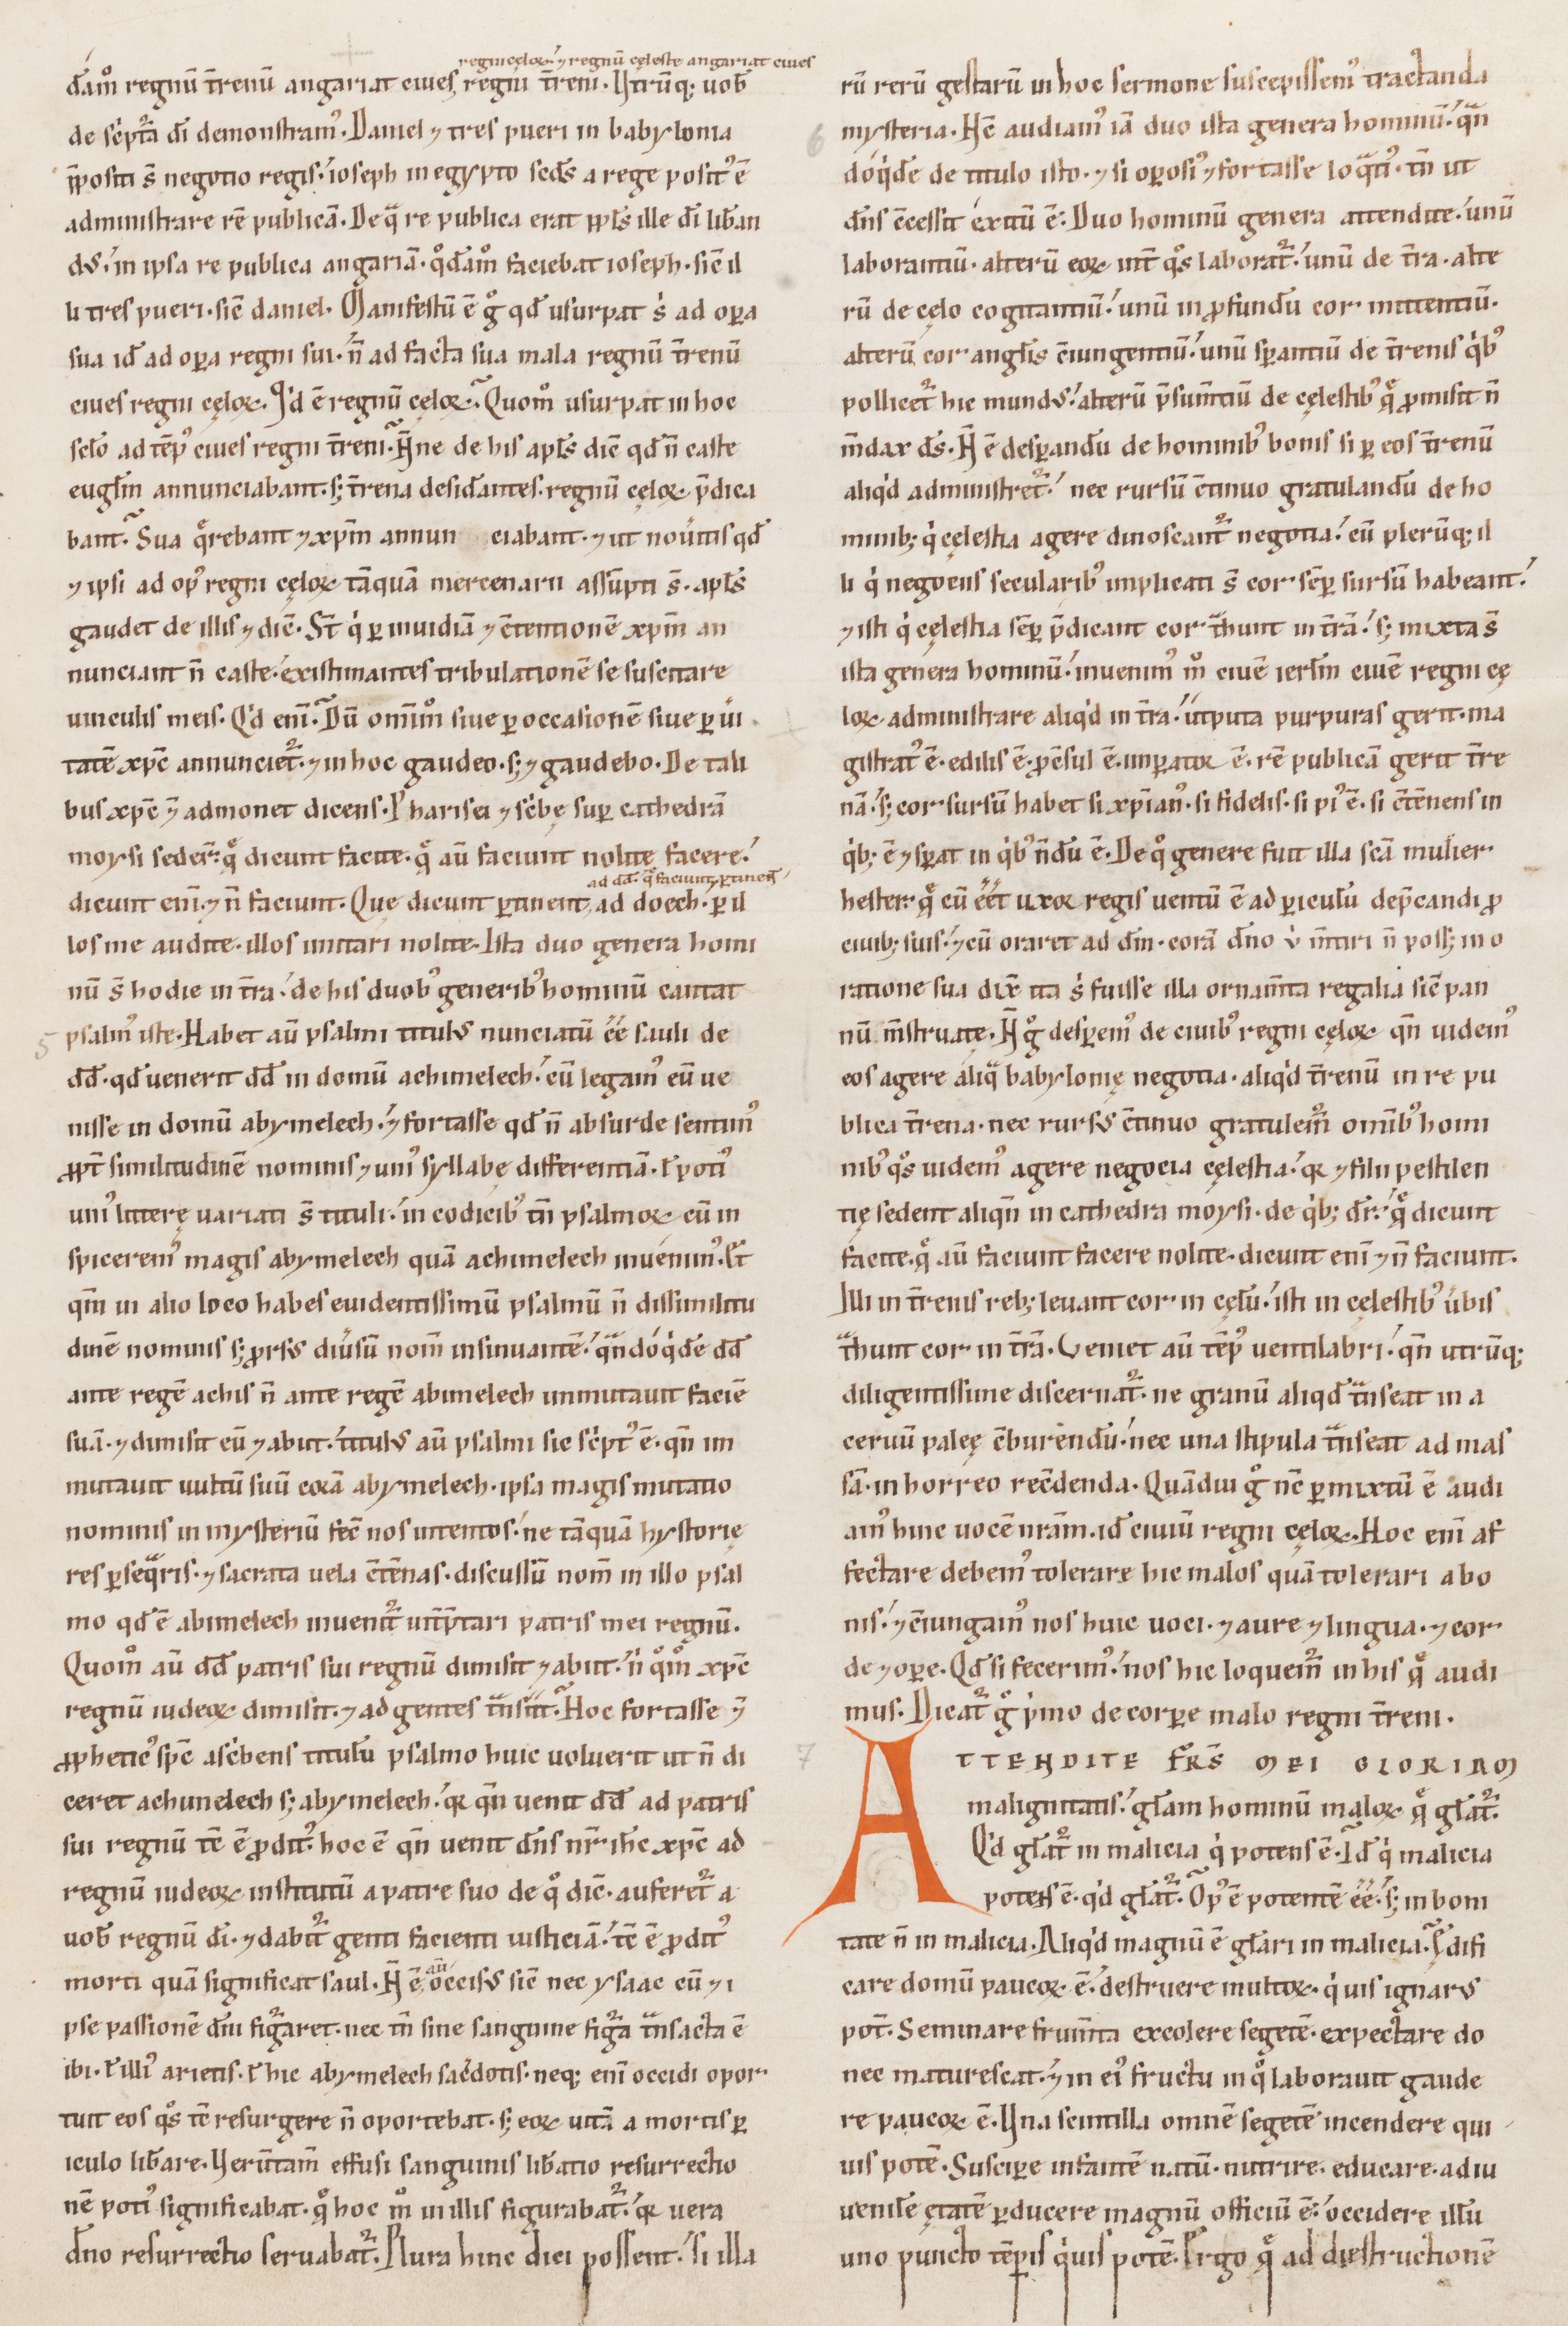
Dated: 1100–1199